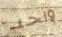
واحد